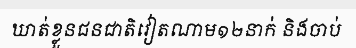
ឃាត់ខ្លួនជនជាតិវៀតណាម១២នាក់ និងចាប់